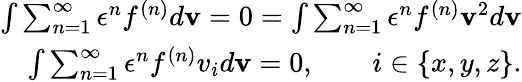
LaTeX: \begin{array}{r}{\int\sum_{n=1}^{\infty}\epsilon^{n}f^{(n)}d\mathbf{v}=0=\int\sum_{n=1}^{\infty}\epsilon^{n}f^{(n)}\mathbf{v}^{2}d\mathbf{v}}\\ {\int\sum_{n=1}^{\infty}\epsilon^{n}f^{(n)}v_{i}d\mathbf{v}=0,\qquad i\in\{ x,y,z\} .}\end{array}